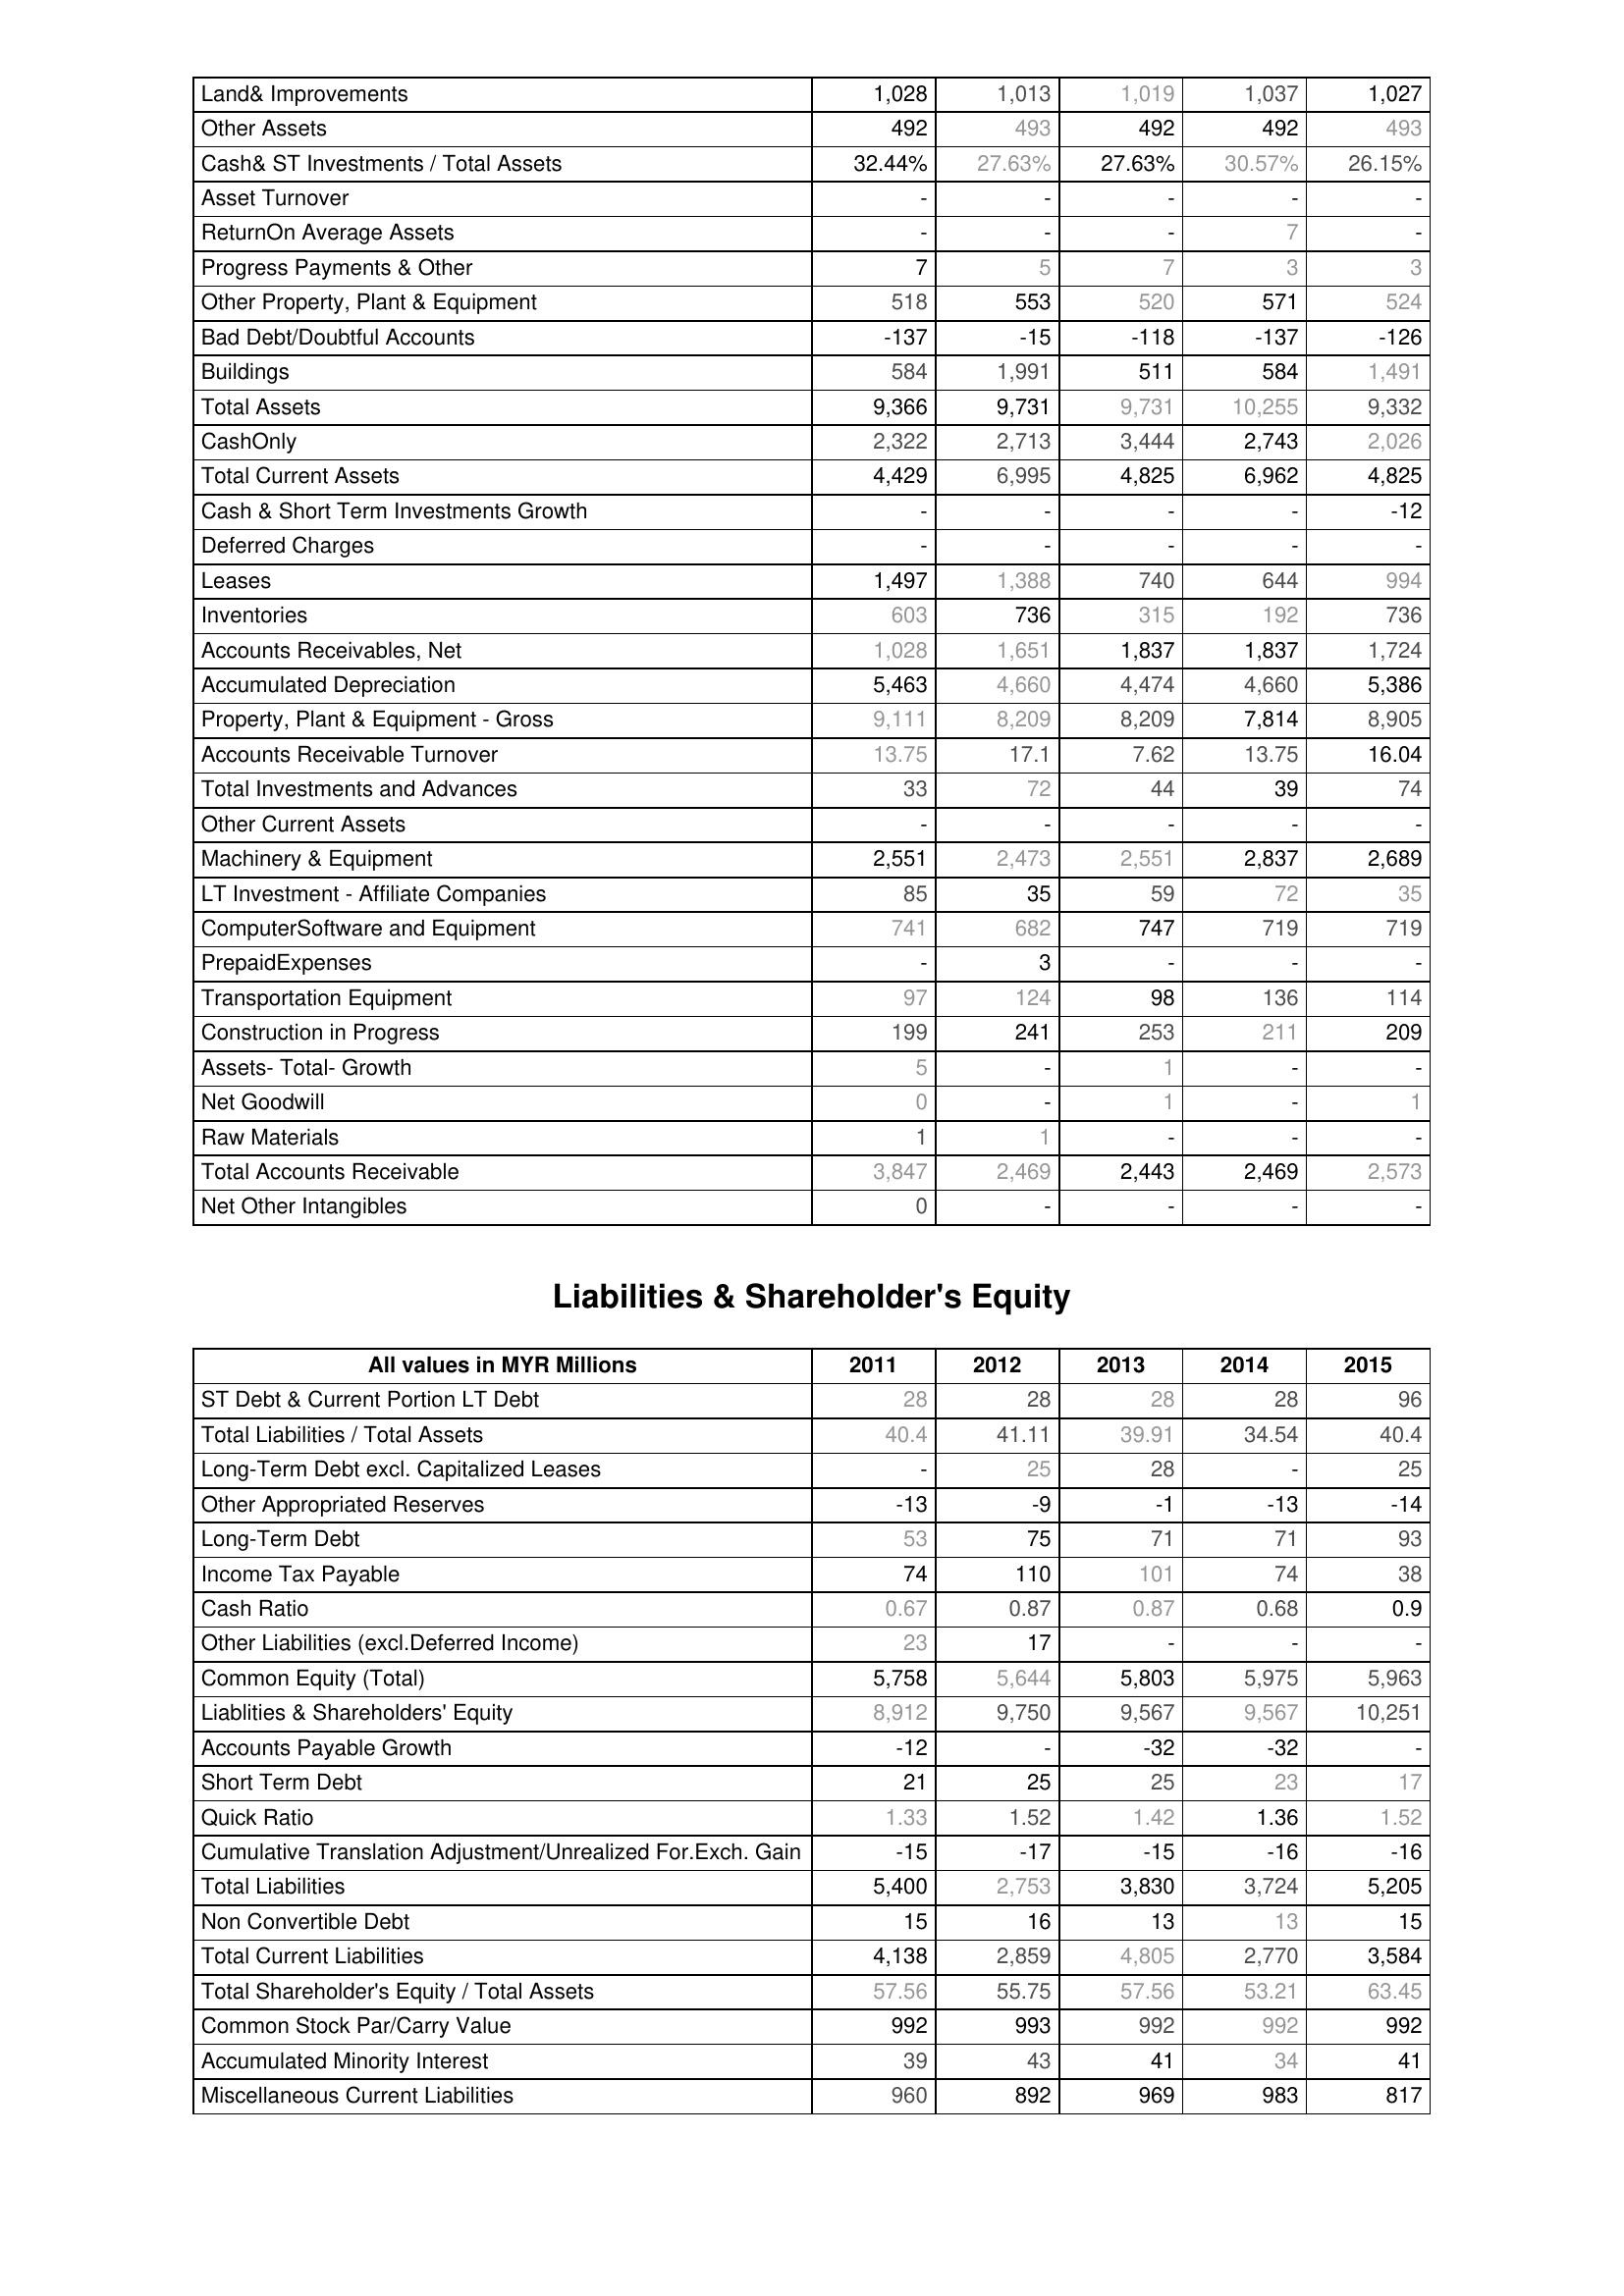
2011: Assets: Land& Improvements: 1,028
Other Assets: 492
Cash& ST Investments / Total Assets: 32.44%
Asset Turnover: -
ReturnOn Average Assets: -
Progress Payments & Other: 7
Other Property, Plant & Equipment: 518
Bad Debt/Doubtful Accounts: -137
Buildings: 584
Total Assets: 9,366
CashOnly: 2,322
Total Current Assets: 4,429
Cash & Short Term Investments Growth: -
Deferred Charges: -
Leases: 1,497
Inventories: 603
Accounts Receivables, Net: 1,028
Accumulated Depreciation: 5,463
Property, Plant & Equipment - Gross : 9,111
Accounts Receivable Turnover: 13.75
Total Investments and Advances: 33
Other Current Assets: -
Machinery & Equipment: 2,551
LT Investment - Affiliate Companies: 85
ComputerSoftware and Equipment: 741
PrepaidExpenses: -
Transportation Equipment: 97
Construction in Progress: 199
Assets- Total- Growth: 5
Net Goodwill: 0
Raw Materials: 1
Total Accounts Receivable: 3,847
Net Other Intangibles: 0
Liabilities & Shareholder's Equity: ST Debt & Current Portion LT Debt: 28
Total Liabilities / Total Assets: 40.4
Long-Term Debt excl. Capitalized Leases: -
Other Appropriated Reserves: -13
Long-Term Debt: 53
Income Tax Payable: 74
Cash Ratio: 0.67
Other Liabilities (excl.Deferred Income): 23
Common Equity (Total): 5,758
Liablities & Shareholders' Equity: 8,912
Accounts Payable Growth: -12
Short Term Debt: 21
Quick Ratio: 1.33
Cumulative Translation Adjustment/Unrealized For.Exch. Gain: -15
Total Liabilities: 5,400
Non Convertible Debt: 15
Total Current Liabilities: 4,138
Total Shareholder's Equity / Total Assets: 57.56
Common Stock Par/Carry Value: 992
Accumulated Minority Interest: 39
Miscellaneous Current Liabilities: 960
2012: Assets: Land& Improvements: 1,013
Other Assets: 493
Cash& ST Investments / Total Assets: 27.63%
Asset Turnover: -
ReturnOn Average Assets: -
Progress Payments & Other: 5
Other Property, Plant & Equipment: 553
Bad Debt/Doubtful Accounts: -15
Buildings: 1,991
Total Assets: 9,731
CashOnly: 2,713
Total Current Assets: 6,995
Cash & Short Term Investments Growth: -
Deferred Charges: -
Leases: 1,388
Inventories: 736
Accounts Receivables, Net: 1,651
Accumulated Depreciation: 4,660
Property, Plant & Equipment - Gross : 8,209
Accounts Receivable Turnover: 17.1
Total Investments and Advances: 72
Other Current Assets: -
Machinery & Equipment: 2,473
LT Investment - Affiliate Companies: 35
ComputerSoftware and Equipment: 682
PrepaidExpenses: 3
Transportation Equipment: 124
Construction in Progress: 241
Assets- Total- Growth: -
Net Goodwill: -
Raw Materials: 1
Total Accounts Receivable: 2,469
Net Other Intangibles: -
Liabilities & Shareholder's Equity: ST Debt & Current Portion LT Debt: 28
Total Liabilities / Total Assets: 41.11
Long-Term Debt excl. Capitalized Leases: 25
Other Appropriated Reserves: -9
Long-Term Debt: 75
Income Tax Payable: 110
Cash Ratio: 0.87
Other Liabilities (excl.Deferred Income): 17
Common Equity (Total): 5,644
Liablities & Shareholders' Equity: 9,750
Accounts Payable Growth: -
Short Term Debt: 25
Quick Ratio: 1.52
Cumulative Translation Adjustment/Unrealized For.Exch. Gain: -17
Total Liabilities: 2,753
Non Convertible Debt: 16
Total Current Liabilities: 2,859
Total Shareholder's Equity / Total Assets: 55.75
Common Stock Par/Carry Value: 993
Accumulated Minority Interest: 43
Miscellaneous Current Liabilities: 892
2013: Assets: Land& Improvements: 1,019
Other Assets: 492
Cash& ST Investments / Total Assets: 27.63%
Asset Turnover: -
ReturnOn Average Assets: -
Progress Payments & Other: 7
Other Property, Plant & Equipment: 520
Bad Debt/Doubtful Accounts: -118
Buildings: 511
Total Assets: 9,731
CashOnly: 3,444
Total Current Assets: 4,825
Cash & Short Term Investments Growth: -
Deferred Charges: -
Leases: 740
Inventories: 315
Accounts Receivables, Net: 1,837
Accumulated Depreciation: 4,474
Property, Plant & Equipment - Gross : 8,209
Accounts Receivable Turnover: 7.62
Total Investments and Advances: 44
Other Current Assets: -
Machinery & Equipment: 2,551
LT Investment - Affiliate Companies: 59
ComputerSoftware and Equipment: 747
PrepaidExpenses: -
Transportation Equipment: 98
Construction in Progress: 253
Assets- Total- Growth: 1
Net Goodwill: 1
Raw Materials: -
Total Accounts Receivable: 2,443
Net Other Intangibles: -
Liabilities & Shareholder's Equity: ST Debt & Current Portion LT Debt: 28
Total Liabilities / Total Assets: 39.91
Long-Term Debt excl. Capitalized Leases: 28
Other Appropriated Reserves: -1
Long-Term Debt: 71
Income Tax Payable: 101
Cash Ratio: 0.87
Other Liabilities (excl.Deferred Income): -
Common Equity (Total): 5,803
Liablities & Shareholders' Equity: 9,567
Accounts Payable Growth: -32
Short Term Debt: 25
Quick Ratio: 1.42
Cumulative Translation Adjustment/Unrealized For.Exch. Gain: -15
Total Liabilities: 3,830
Non Convertible Debt: 13
Total Current Liabilities: 4,805
Total Shareholder's Equity / Total Assets: 57.56
Common Stock Par/Carry Value: 992
Accumulated Minority Interest: 41
Miscellaneous Current Liabilities: 969
2014: Assets: Land& Improvements: 1,037
Other Assets: 492
Cash& ST Investments / Total Assets: 30.57%
Asset Turnover: -
ReturnOn Average Assets: 7
Progress Payments & Other: 3
Other Property, Plant & Equipment: 571
Bad Debt/Doubtful Accounts: -137
Buildings: 584
Total Assets: 10,255
CashOnly: 2,743
Total Current Assets: 6,962
Cash & Short Term Investments Growth: -
Deferred Charges: -
Leases: 644
Inventories: 192
Accounts Receivables, Net: 1,837
Accumulated Depreciation: 4,660
Property, Plant & Equipment - Gross : 7,814
Accounts Receivable Turnover: 13.75
Total Investments and Advances: 39
Other Current Assets: -
Machinery & Equipment: 2,837
LT Investment - Affiliate Companies: 72
ComputerSoftware and Equipment: 719
PrepaidExpenses: -
Transportation Equipment: 136
Construction in Progress: 211
Assets- Total- Growth: -
Net Goodwill: -
Raw Materials: -
Total Accounts Receivable: 2,469
Net Other Intangibles: -
Liabilities & Shareholder's Equity: ST Debt & Current Portion LT Debt: 28
Total Liabilities / Total Assets: 34.54
Long-Term Debt excl. Capitalized Leases: -
Other Appropriated Reserves: -13
Long-Term Debt: 71
Income Tax Payable: 74
Cash Ratio: 0.68
Other Liabilities (excl.Deferred Income): -
Common Equity (Total): 5,975
Liablities & Shareholders' Equity: 9,567
Accounts Payable Growth: -32
Short Term Debt: 23
Quick Ratio: 1.36
Cumulative Translation Adjustment/Unrealized For.Exch. Gain: -16
Total Liabilities: 3,724
Non Convertible Debt: 13
Total Current Liabilities: 2,770
Total Shareholder's Equity / Total Assets: 53.21
Common Stock Par/Carry Value: 992
Accumulated Minority Interest: 34
Miscellaneous Current Liabilities: 983
2015: Assets: Land& Improvements: 1,027
Other Assets: 493
Cash& ST Investments / Total Assets: 26.15%
Asset Turnover: -
ReturnOn Average Assets: -
Progress Payments & Other: 3
Other Property, Plant & Equipment: 524
Bad Debt/Doubtful Accounts: -126
Buildings: 1,491
Total Assets: 9,332
CashOnly: 2,026
Total Current Assets: 4,825
Cash & Short Term Investments Growth: -12
Deferred Charges: -
Leases: 994
Inventories: 736
Accounts Receivables, Net: 1,724
Accumulated Depreciation: 5,386
Property, Plant & Equipment - Gross : 8,905
Accounts Receivable Turnover: 16.04
Total Investments and Advances: 74
Other Current Assets: -
Machinery & Equipment: 2,689
LT Investment - Affiliate Companies: 35
ComputerSoftware and Equipment: 719
PrepaidExpenses: -
Transportation Equipment: 114
Construction in Progress: 209
Assets- Total- Growth: -
Net Goodwill: 1
Raw Materials: -
Total Accounts Receivable: 2,573
Net Other Intangibles: -
Liabilities & Shareholder's Equity: ST Debt & Current Portion LT Debt: 96
Total Liabilities / Total Assets: 40.4
Long-Term Debt excl. Capitalized Leases: 25
Other Appropriated Reserves: -14
Long-Term Debt: 93
Income Tax Payable: 38
Cash Ratio: 0.9
Other Liabilities (excl.Deferred Income): -
Common Equity (Total): 5,963
Liablities & Shareholders' Equity: 10,251
Accounts Payable Growth: -
Short Term Debt: 17
Quick Ratio: 1.52
Cumulative Translation Adjustment/Unrealized For.Exch. Gain: -16
Total Liabilities: 5,205
Non Convertible Debt: 15
Total Current Liabilities: 3,584
Total Shareholder's Equity / Total Assets: 63.45
Common Stock Par/Carry Value: 992
Accumulated Minority Interest: 41
Miscellaneous Current Liabilities: 817